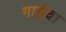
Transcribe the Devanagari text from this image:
गाईचा